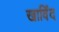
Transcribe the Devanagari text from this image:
खाविंद